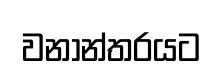
වනාන්තරයට